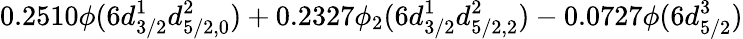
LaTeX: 0.2510\phi(6d_{3/2}^{1}d_{5/2,0}^{2})+0.2327\phi_{2}(6d_{3/2}^{1}d_{5/2,2}^{2})-0.0727\phi(6d_{5/2}^{3})